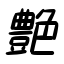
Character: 艶